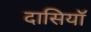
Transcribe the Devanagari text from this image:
दासियॉ